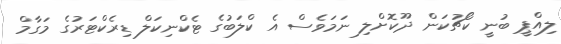
ލިއްޕީ ބުނީ ކޯޗުކަން ދޫކޮށްލި ނަމަވެސް އެ ކްލަބުގެ ޓެކްނިކަލް ޑިރެކްޓަރުގެ މަގާމް